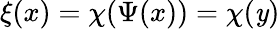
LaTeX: \xi(x)=\chi(\Psi(x))=\chi(\mathit{y})